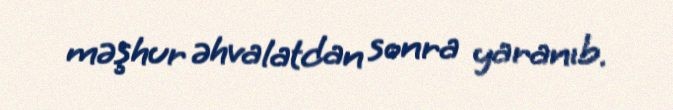
məşhur əhvalatdan sonra yaranıb.